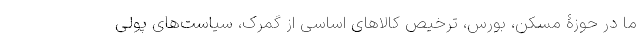
ما در حوزۀ مسکن، بورس، ترخیص کالاهای اساسی از گمرک، سیاست‌های پولی